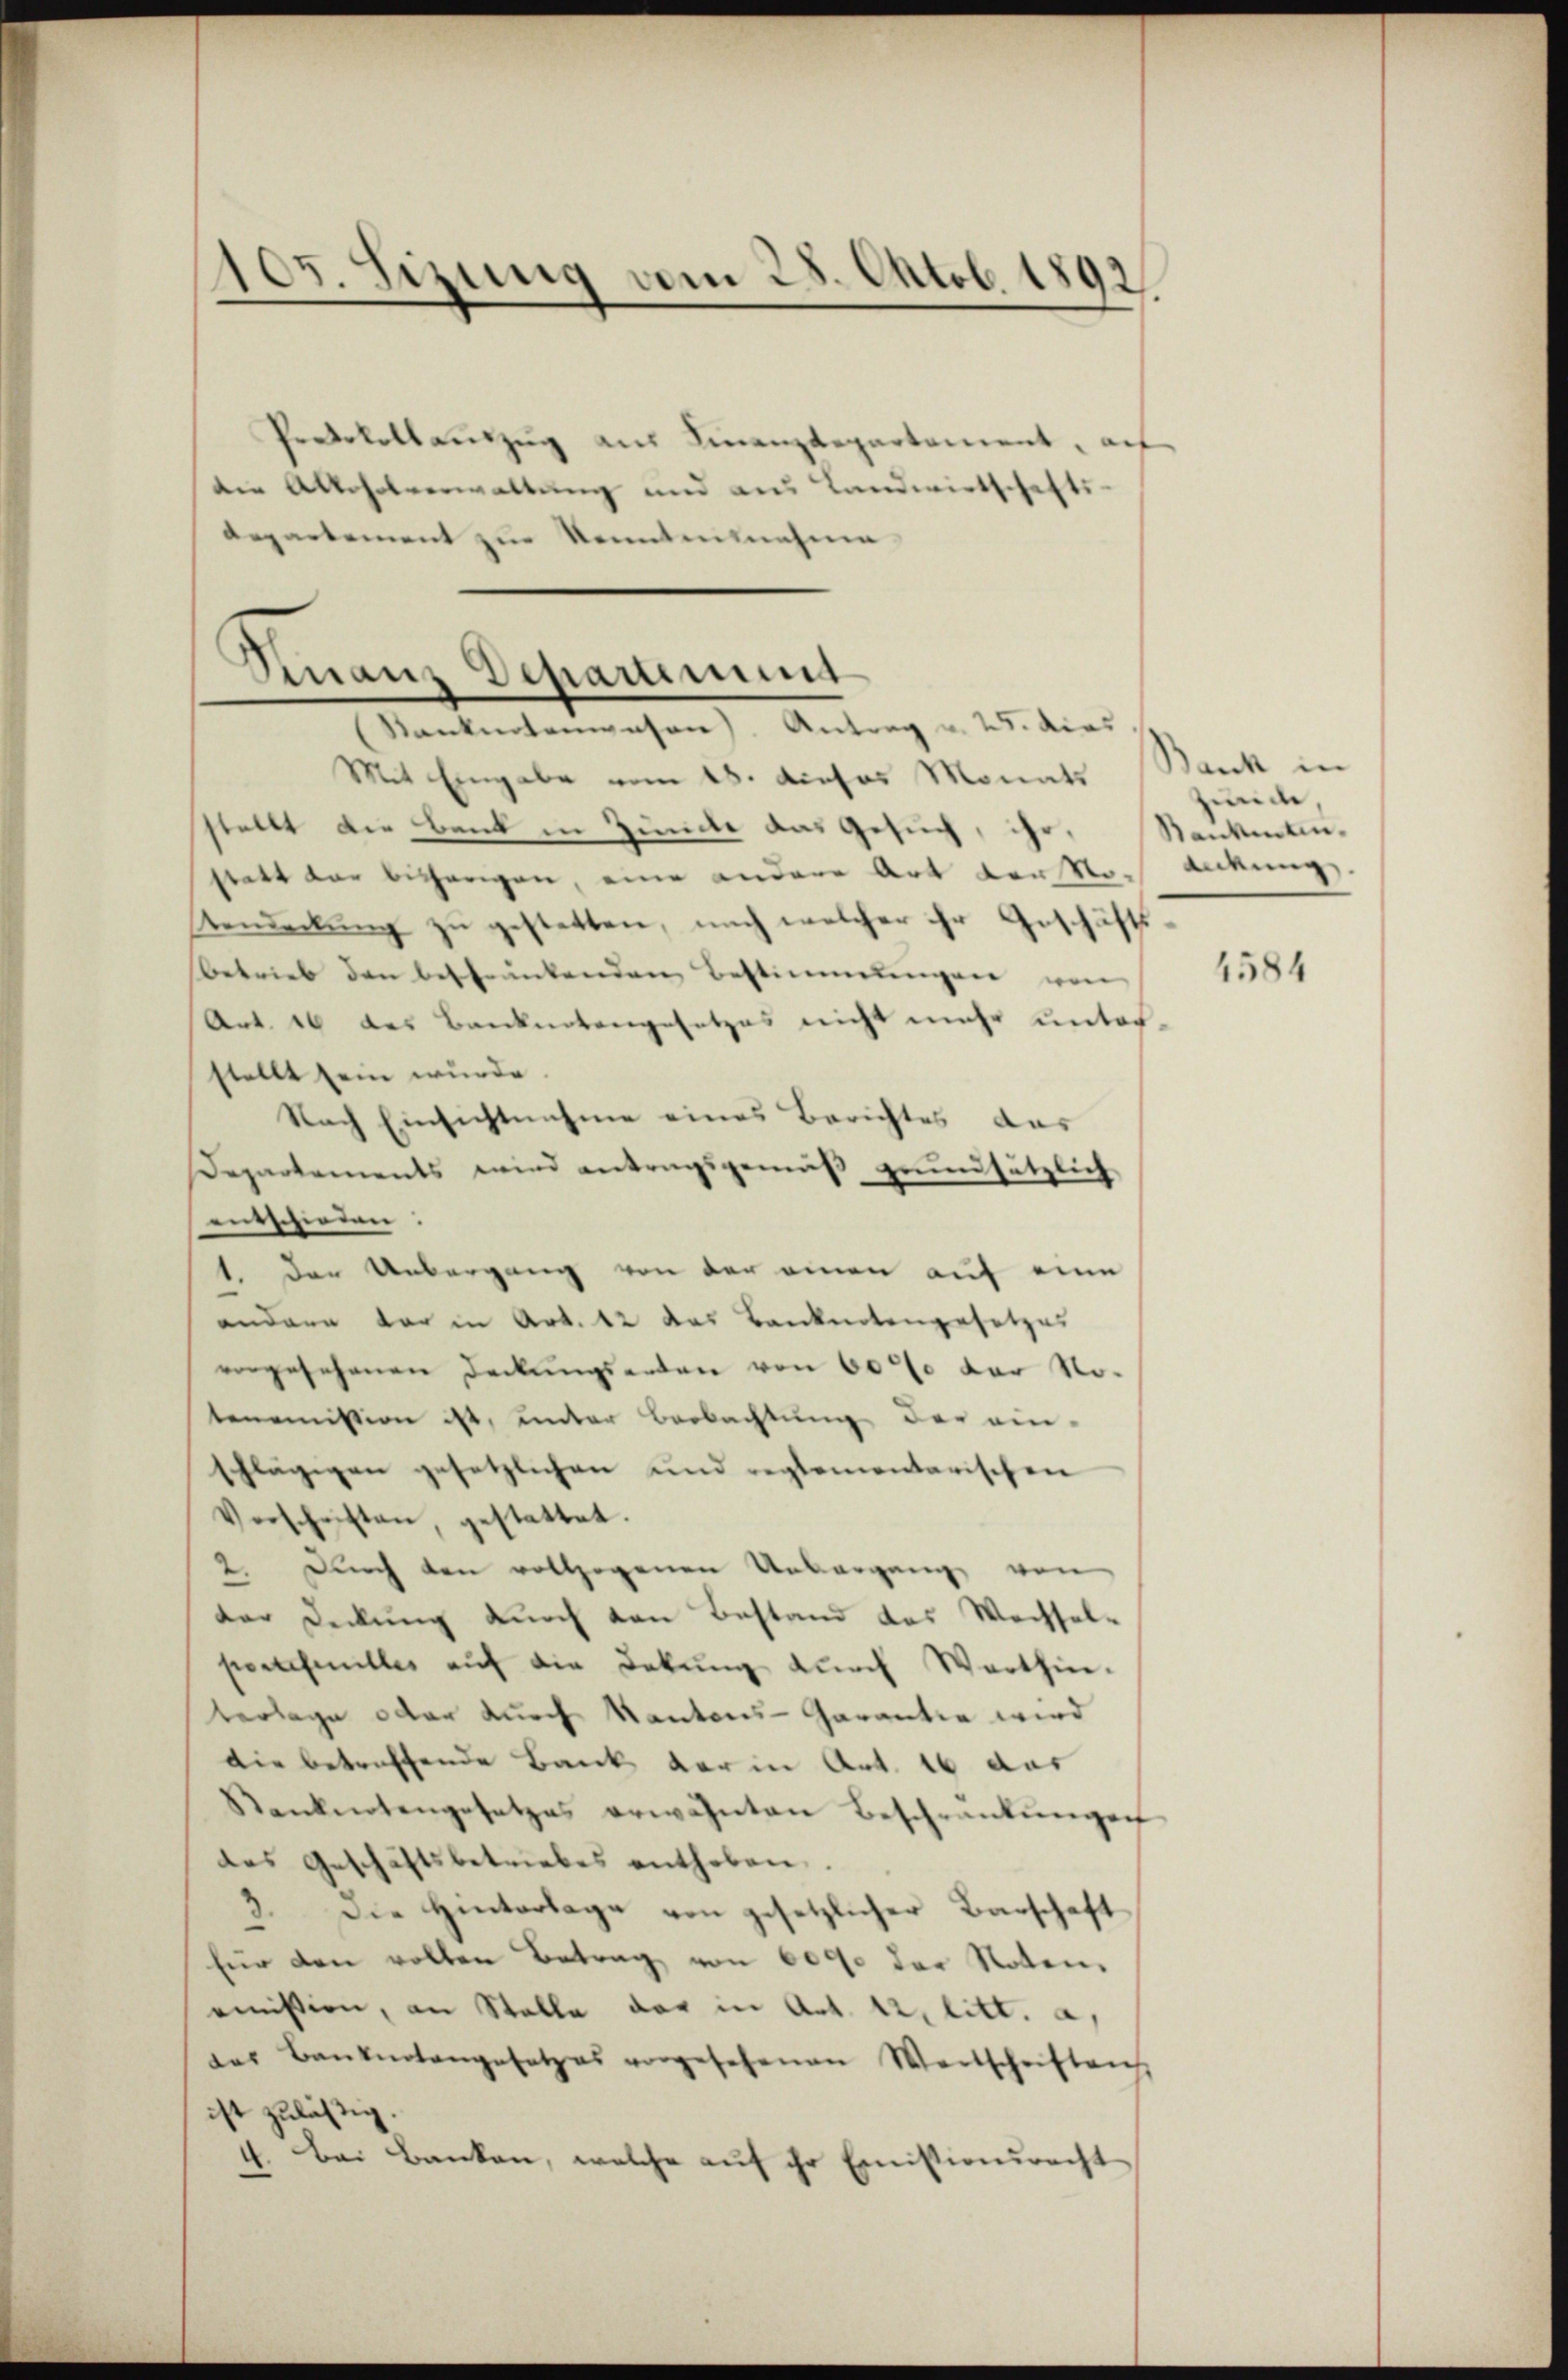
105. Sizung vom 28. Oktob. 1892.

Protokoll auszug aus Finanzdepartement, auf
die Alkoholverwaltung und aus Landwirtschaft
departement zur Kenntensnahme

Fnanz Departement
Kanknotenwesen) Antrag u. 25. dies

Mit Eingabe vom 18. Acasus Monats Bank in
stellt die Bank in Zünde das Gesuch, ihr,
statt der bisherigen, eine andere Art verstossakung,
Aendeckung zu gestatten, nach welcher ihr Geschäft
Betrieb den bestrünkenden Bestimmungen von
Art. 16 des Banknotengesetzes nicht mehr unter-
stellt sein wurde.
Nach Einsichtnahme eines Berichtes das
Departements wird antragsgemäβ grundsätzlich
entschieden:
1. Der Uebergang von der einen auf eine
andern dar in Art. 12 das Banknotengesetzes
engesehenen Deckungsenten von 600 der Notenemission ist, unter Beobachtung der ein-
schlägigen gesetzlichen und reglementarischen
Verschriften, gestattet.
2. Durch den vollzogenen Unbergang von
der Deckung durch den Bestand das Wechsel-
portisenilles aŭf die Dekŭng dŭrch Warthin-
terlage oder durch Kantons-Garantia wird
Die betreffende Bank der in Art. 16 das
Rankentengesetzes erwähnten Beschränkŭngen
des Geschäftsbetriebes enthoben.
3. Die Hinterlage von gesetzlicher Barschaft
für den vollen Betrag von 6000 der Noten,
omission, an Stelle der in Art. 12. litt. a,
das Bankentangesetzes vorgesehenen Wortschriften
ist zulässig
1. Bei Banken, welche auf ihr Emissionsrecht

fünde,
Kankenten.

1584